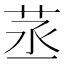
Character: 䒱